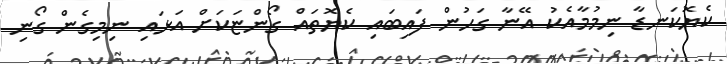
ކެޔޮކަނޑާ ނިމުމާއެކު އޭނާ ގަހުން ފައިބައި ކެޔޮތައް ގޯންޏަކަށް އަޅައި ނިމިގެން ގޯނި